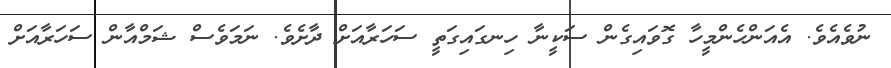
ނުވެއެވެ. އެއަންހެންމީހާ ގޮވައިގެން ސަކީނާ ހިނގައިގަތީ ސަހަރާއަށް ދާށެވެ. ނަމަވެސް ޝަމްއާން ސަހަރާއަށް